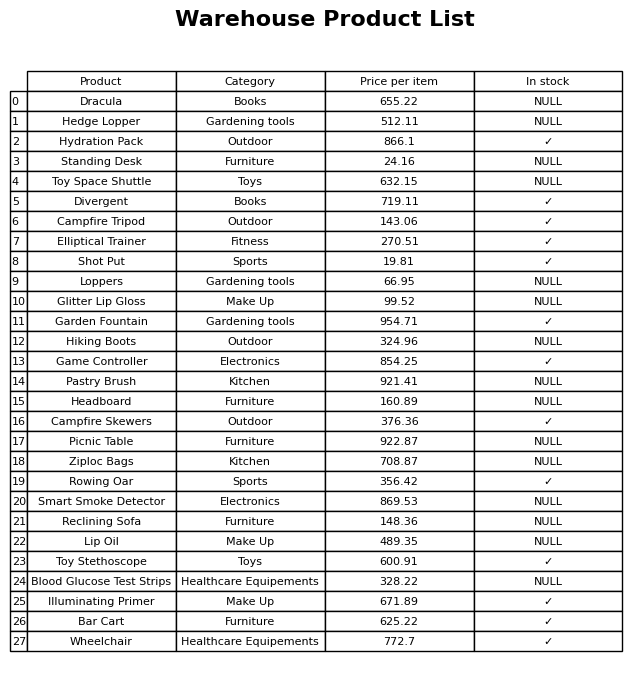
question: Which products are currently out of stock?
answer: Dracula, Hedge Lopper, Standing Desk, Toy Space Shuttle, Loppers, Glitter Lip Gloss, Hiking Boots, Pastry Brush, Headboard, Picnic Table, Ziploc Bags, Smart Smoke Detector, Reclining Sofa, Lip Oil, Blood Glucose Test Strips